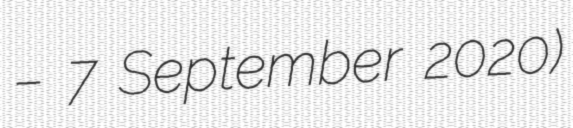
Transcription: – 7 September 2020)